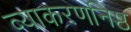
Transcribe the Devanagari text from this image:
व्याकरणनिष्ठ